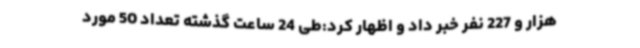
هزار و 227 نفر خبر داد و اظهار کرد:طی 24 ساعت گذشته تعداد 50 مورد